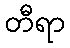
တီရာ